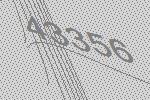
43356